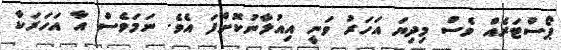
ޕޯސްޓަރެއް ވެސް މިދިޔަ އަހަރު ވަނީ އިއުލާނުކޮށްފަ އެވެ. ނަމަވެސް އާ އަހަރަކާ